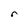
Character: r